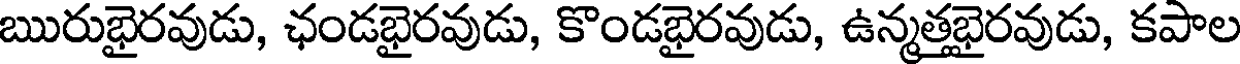
ఋరుభైరవుడు, ఛండభైరవుడు, కొండభైరవుడు, ఉన్మత్తభైరవుడు, కపాల